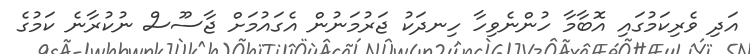
އަދި ވެރިކަމުގައި އޮބާމާ ހުންނެވިހާ ހިނދަކު ޖަރުމަނުން އެގައުމަށް ޖާސޫސް ނުކުރާނެ ކަމުގެ